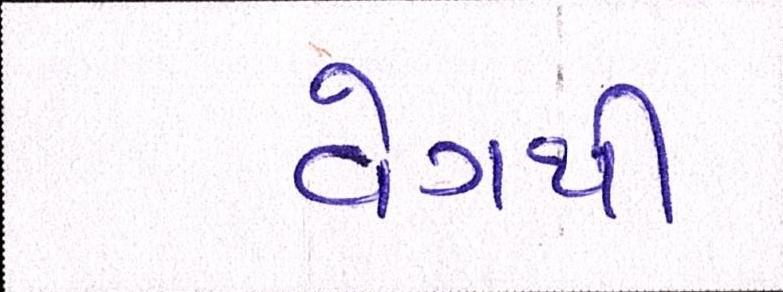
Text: વેગથી